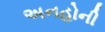
અનહોની